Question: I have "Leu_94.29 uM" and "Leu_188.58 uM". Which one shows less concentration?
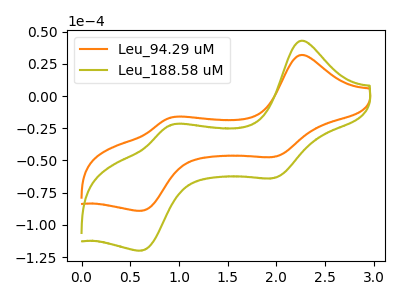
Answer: <think>The orange curve "Leu_94.29 uM" has anodic peaks at (2.25V, 31.70uA) (0.90V, -16.85uA) and cathodic peaks at (2.00V, -47.20uA) (0.60V, -89.05uA). The olive curve "Leu_188.58 uM" has anodic peaks at (2.25V, 42.70uA) (0.90V, -22.65uA) and cathodic peaks at (2.00V, -63.60uA) (0.60V, -119.90uA).
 All the peaks in "Leu_94.29 uM" have a peak in "Leu_188.58 uM" at the same potential.</think>
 <answer>I cant tell if "Leu_94.29 uM" or "Leu_188.58 uM" has higher concentration.</answer>
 <eval>mixed_concentration</eval>